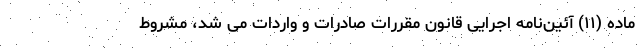
ماده (۱۱) آئین‌نامه اجرایی قانون مقررات صادرات و واردات می شد، مشروط